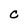
Character: C